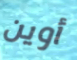
أوين